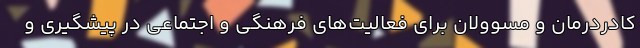
کادردرمان و مسوولان برای فعالیت‌های فرهنگی و اجتماعی در پیشگیری و